Jarvakandi_vallavalitsus, lk 64
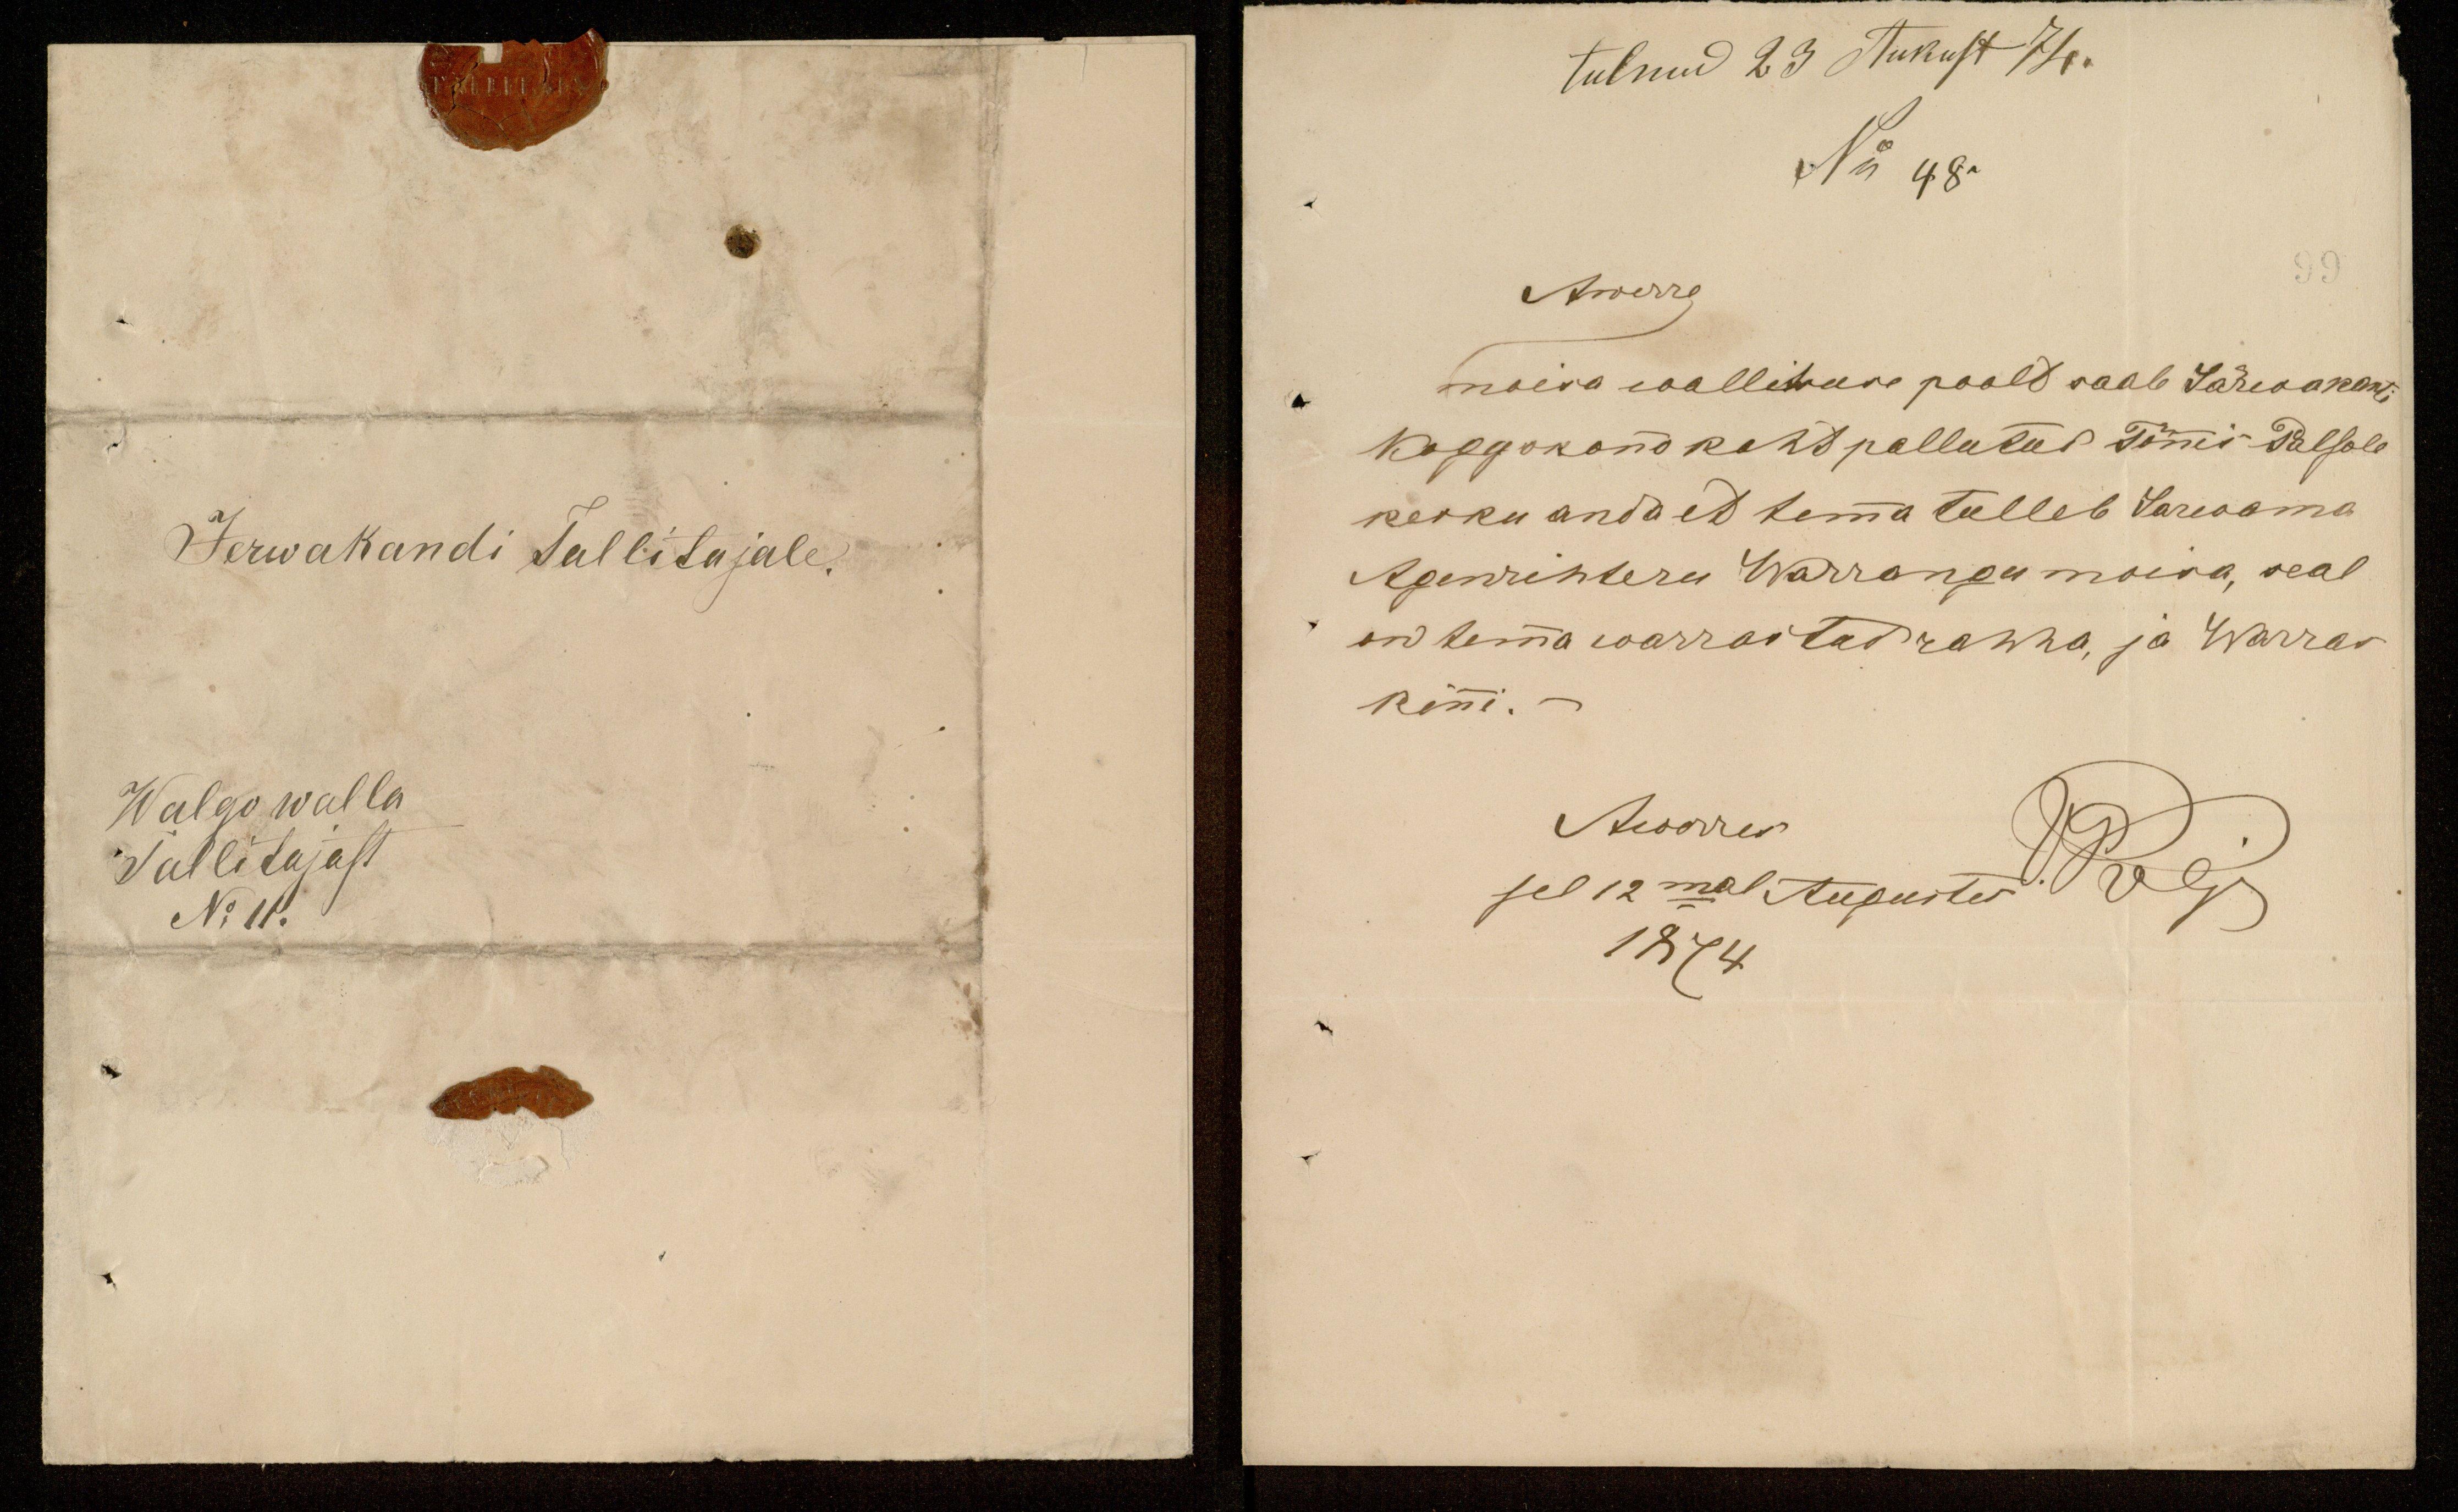
Jerwakandi Tallitajale.
Walgo walla
Tallitajast
No 11.

tulnud 23 Aukust 74.
No 48.
Noerre
moisa wallitsuse poolt saab Järwakanti
Koggokona koht pallutud Tõnis Palsole
kesku anda et temma tulleb Sarwama
Agenrihteru Warrangu mõisa, seal
on temma warrastad rahha, ja Warras
kinni.-
Aworres
sel 12mal Augustis
1874